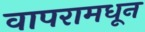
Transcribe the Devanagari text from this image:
वापरामधून